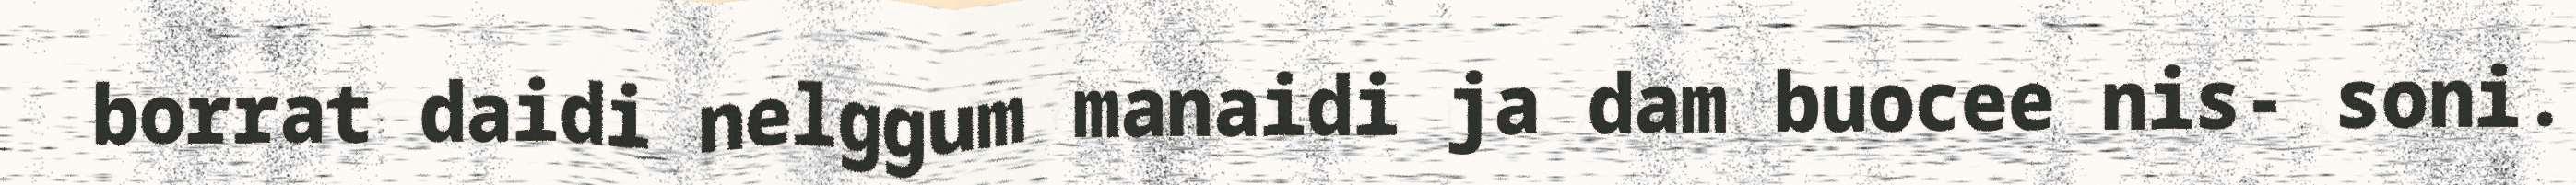
borrat daidi nelggum manaidi ja dam buocee nis- soni.